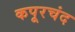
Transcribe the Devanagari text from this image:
कपूरचंद